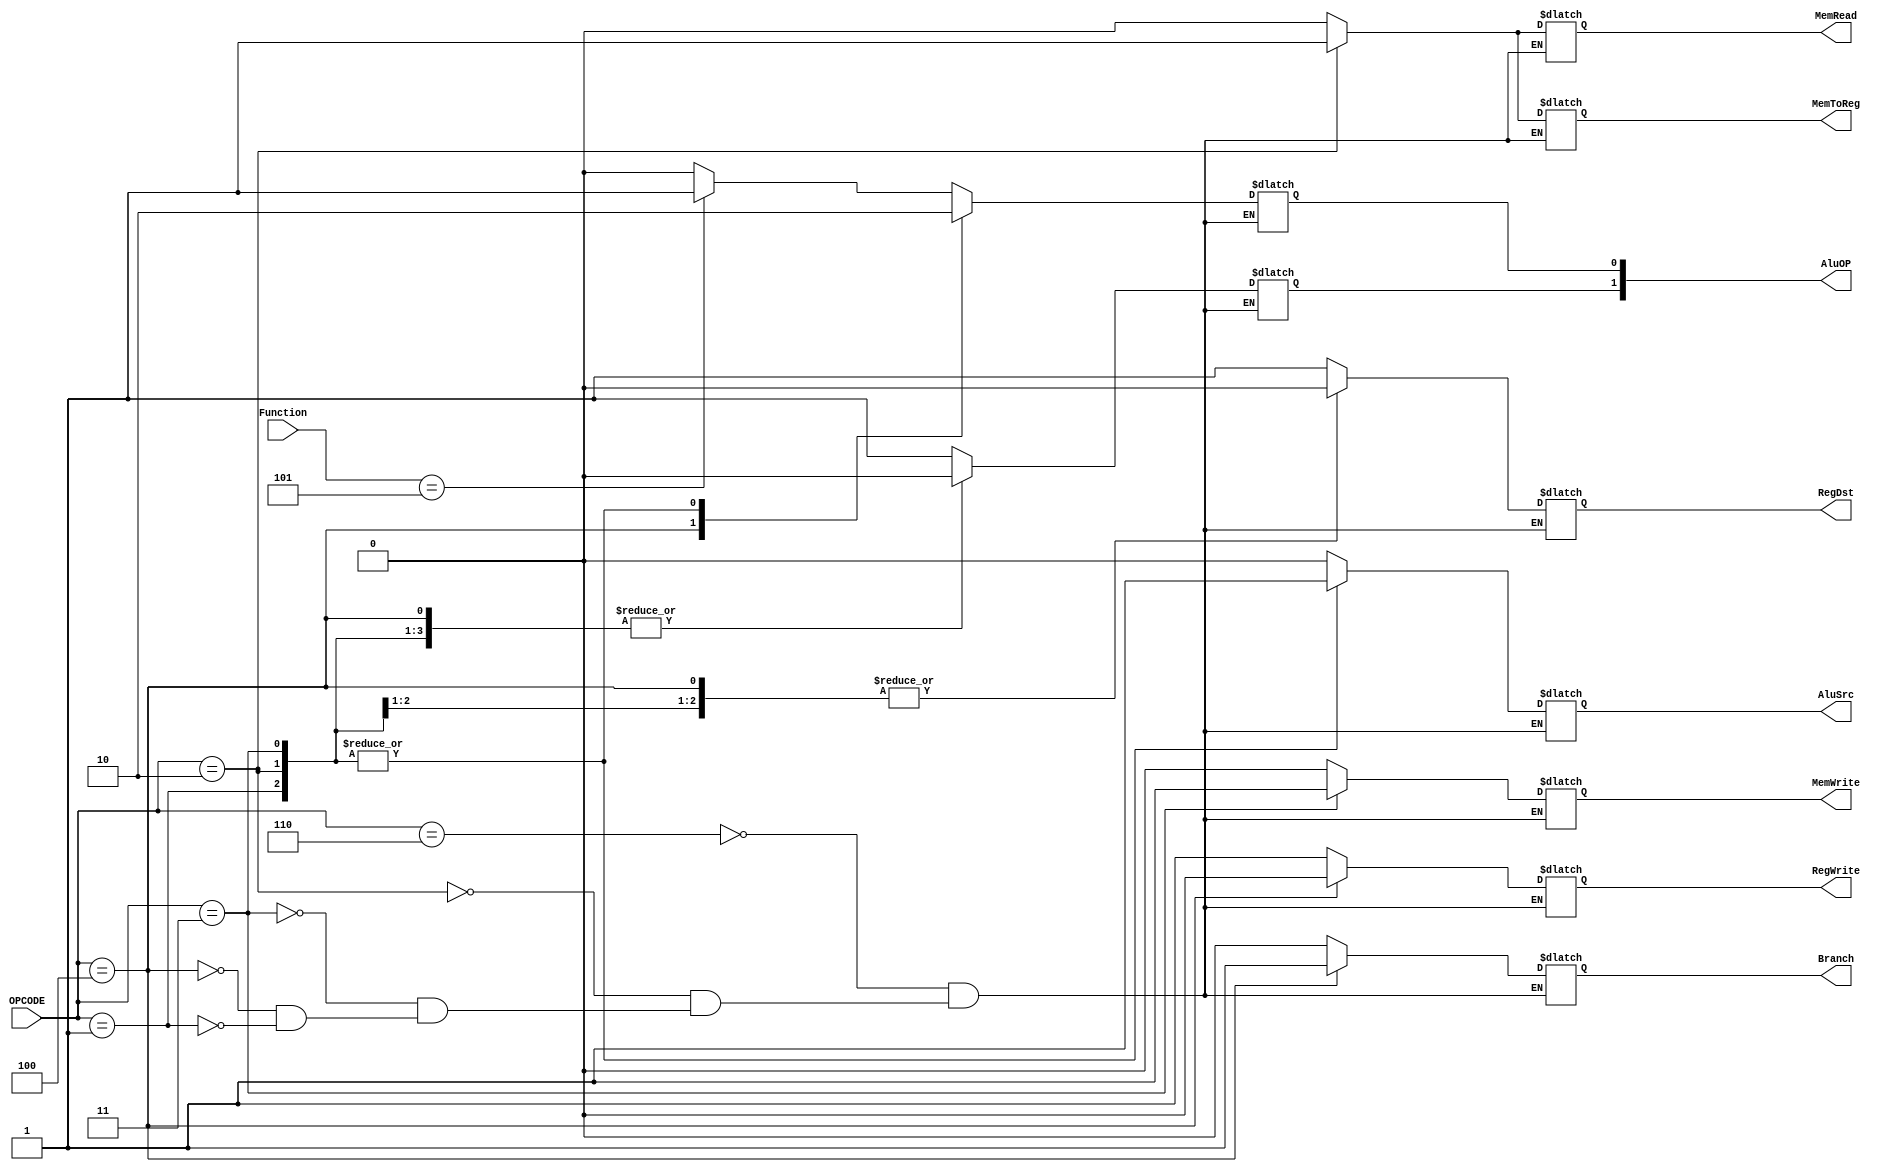
`timescale 1ns / 1ps
//////////////////////////////////////////////////////////////////////////////////
// Company: 
// Engineer: 
// 
// Design Name: 
// Module Name: ControlUnit
// Project Name: 
// Target Devices: 
// Tool Versions: 
// Description: 
// 
// Dependencies: 
// 
// Revision:
// Revision 0.01 - File Created
// Additional Comments:
// 
//////////////////////////////////////////////////////////////////////////////////



module Controlunit(
    input [3:0] OPCODE,
    input [3:0] Function,
    output reg RegDst,
    output reg AluSrc,
    output reg Branch,
    output reg MemRead,
    output reg MemToReg,
    output reg[1:0] AluOP,
    output reg MemWrite,
    output reg RegWrite
    
    );
 always @ (OPCODE)
begin
case(OPCODE)
4'b0110: //PER R-FORMAT
    begin
    case(Function)
        4'b0101:
       
            begin
            RegDst = 1'bX;
            AluSrc = 0;
            MemToReg = 0;
            RegWrite = 1'bX;
            MemRead = 0;
            MemWrite = 0;
            Branch = 0;
            AluOP[1] = 1;
            AluOP[0] = 1;
            end
        default:
            begin
            RegDst = 1;
            AluSrc = 0;
            MemToReg = 0;
            RegWrite = 1;
            MemRead = 0;
            MemWrite = 0;
            Branch = 0;
            AluOP[1] = 1;
            AluOP[0] = 0;
            end
    endcase
    end

4'b0010: //PER LS
    begin
    RegDst = 0;
    AluSrc = 1;
    MemToReg = 1;
    RegWrite = 1;
    MemRead = 1;
    MemWrite = 0;
    Branch = 0;
    AluOP[1] = 0;
    AluOP[0] = 0;
    end 
    
4'b0011: //PER SS
    begin
    RegDst = 1'bX;
    AluSrc = 1;
    MemToReg = 0;
    RegWrite = 1'bX;
    MemRead = 0;
    MemWrite = 1;
    Branch = 0;
    AluOP[1] = 0;
    AluOP[0] = 0;
    end 
    
4'b0100: //PER BEQ
    begin
    RegDst = 0;
    AluSrc = 0;
    MemToReg = 0;
    RegWrite = 0;
    MemRead = 0;
    MemWrite = 0;
    Branch = 1;
    AluOP[1] = 0;
    AluOP[0] = 1;
    end 
4'b0001: //PER ADDI
    begin
    RegDst = 0;
    AluSrc = 1;
    MemToReg = 0;
    RegWrite = 1;
    MemRead = 0;
    MemWrite = 0;
    Branch = 0;
    AluOP[1] = 0;
    AluOP[0] = 0;
    end 
endcase

end
    
endmodule